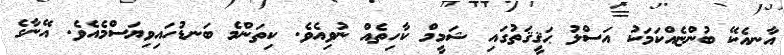
އާނއެކޭ ބުންޏެއްކަމަކު އަސްލު ޙަޤީޤަތުގައި ޝަމީމް ކާހިތެއް ނުވިއެވެ. ކިތަންމެ ބަނޑުހައިވިޔަސްމެއެވެ. އޭނާގެ